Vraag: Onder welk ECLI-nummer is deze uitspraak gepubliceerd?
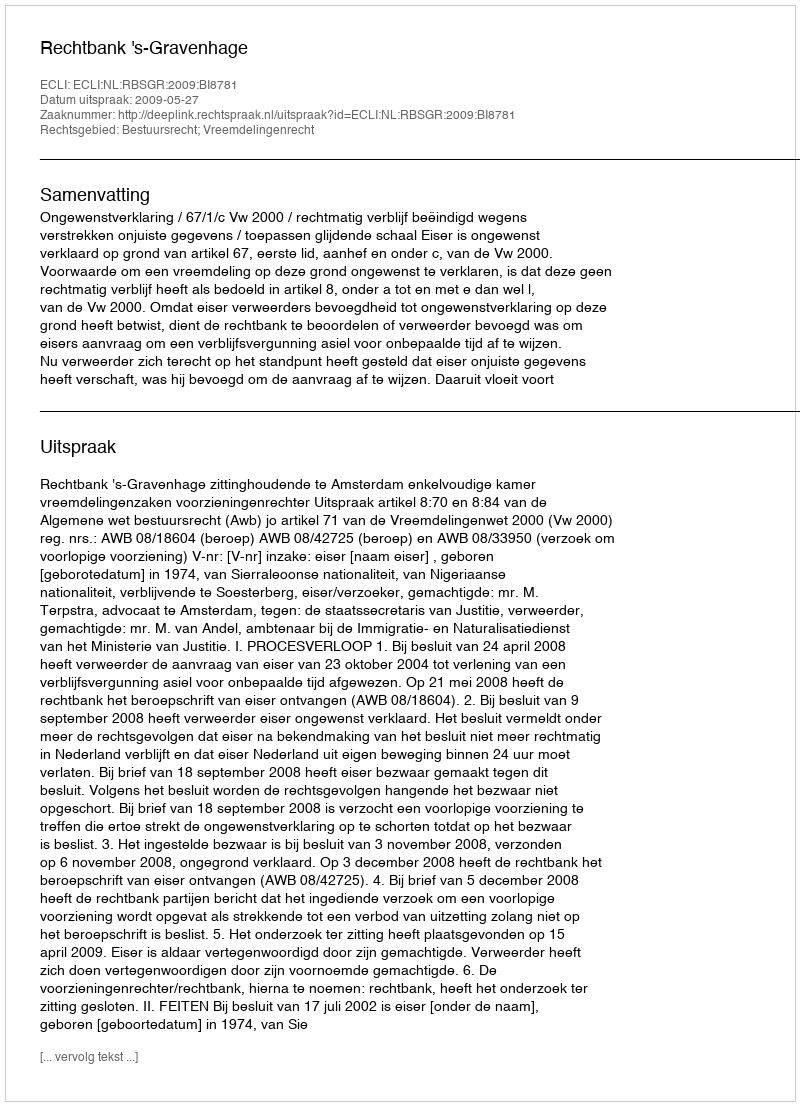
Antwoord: ECLI:NL:RBSGR:2009:BI8781